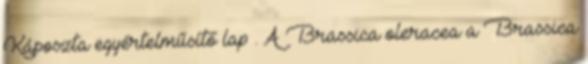
Káposzta egyértelműsítő lap . A Brassica oleracea a Brassica